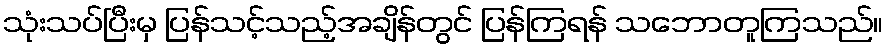
သုံးသပ်ပြီးမှ ပြန်သင့်သည့်အချိန်တွင် ပြန်ကြရန် သဘောတူကြသည်။